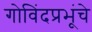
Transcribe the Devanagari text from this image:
गोविंदप्रभूंचे